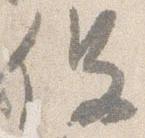
役